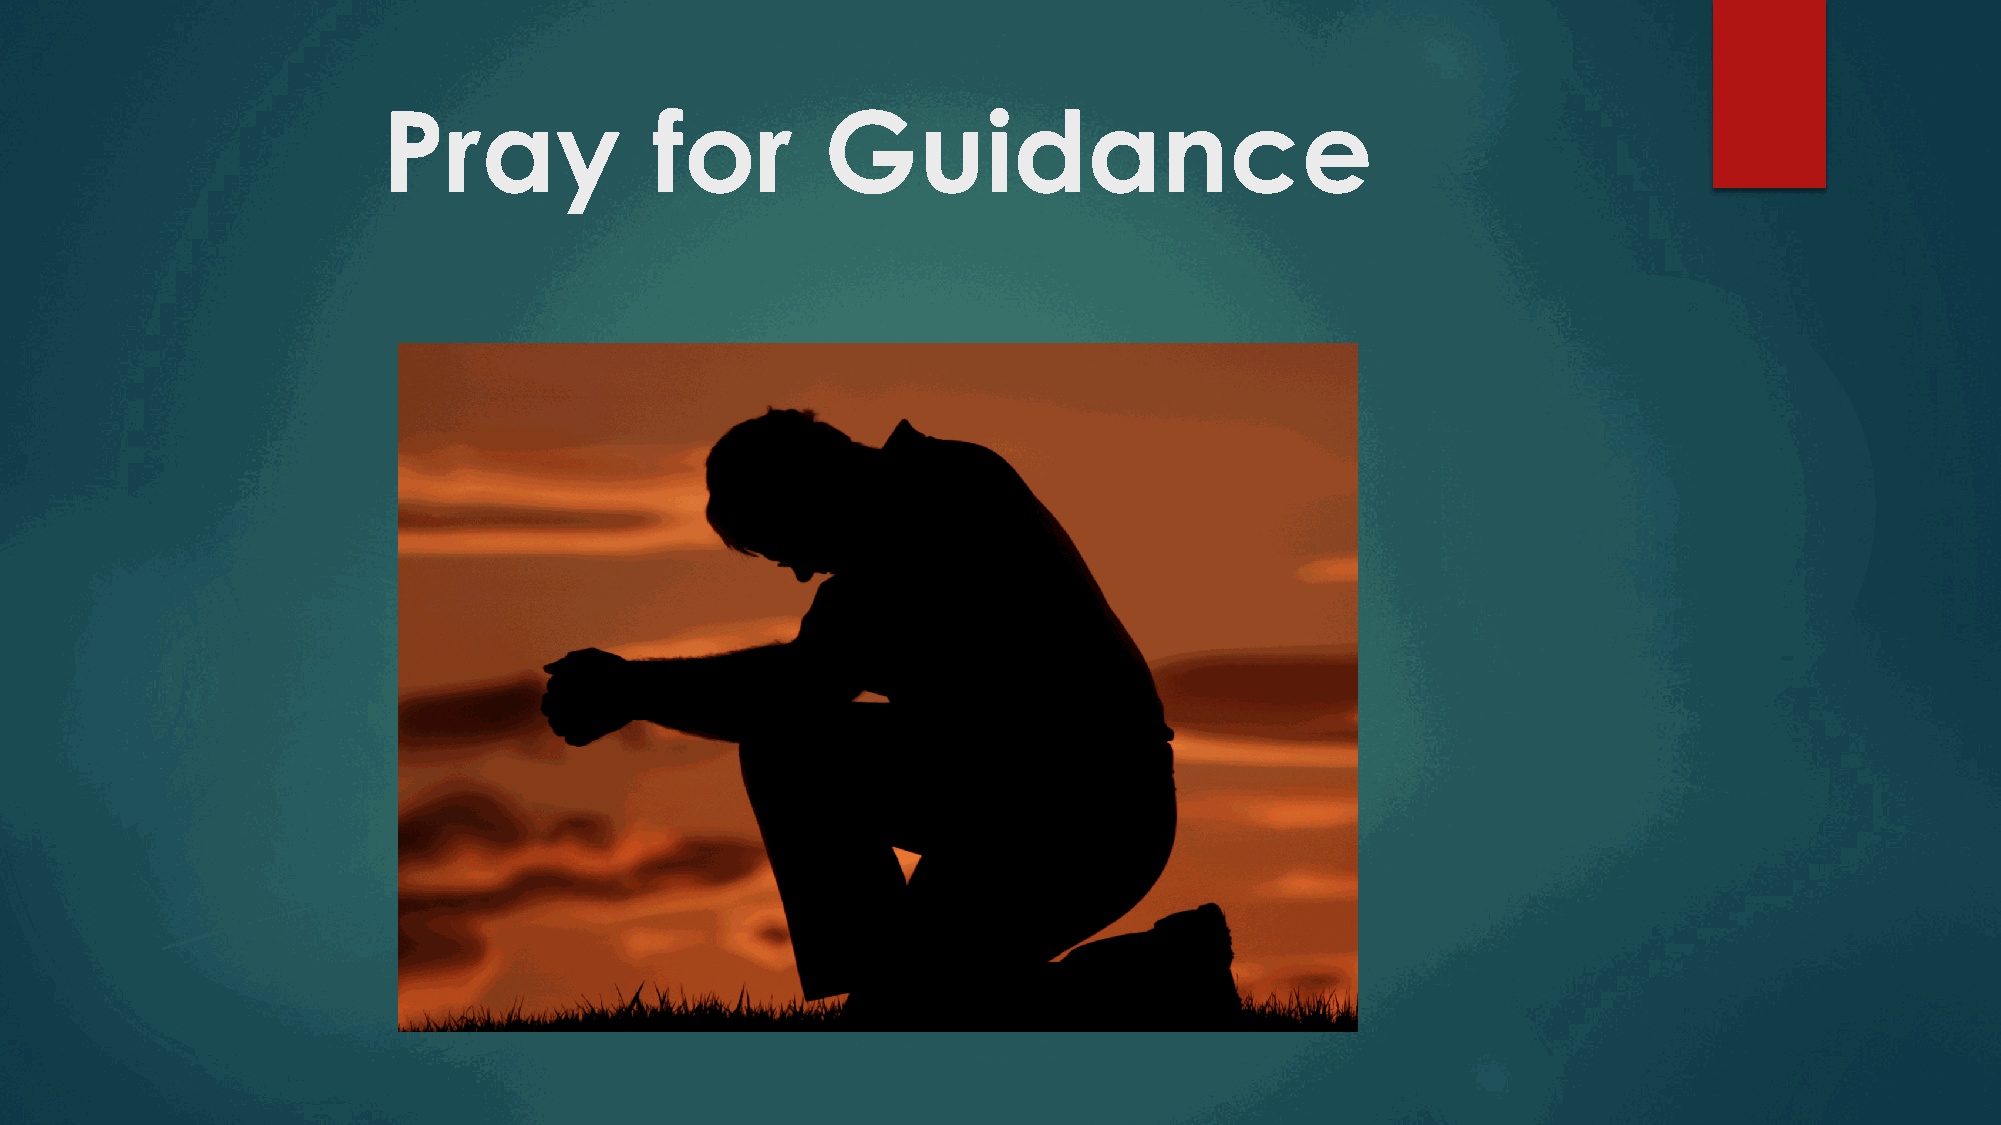
Pray              for         Guidance